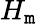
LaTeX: H_{\mathtt{m}}